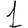
Digit: 1